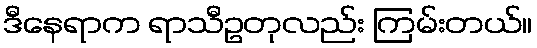
ဒီနေရာက ရာသီဥတုလည်း ကြမ်းတယ်။